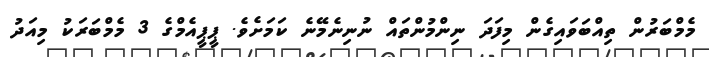
މެމްބަރުން ތިއްބަވައިގެން މިފަދަ ނިންމުންތައް ނުނިނެމޭނެ ކަމަށެވެ. ޕީޕީއެމްގެ 3 މެމްބަރަކު މިއަދު